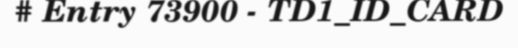
# Entry 73900 - TD1_ID_CARD